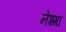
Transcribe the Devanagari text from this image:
नेश्मा